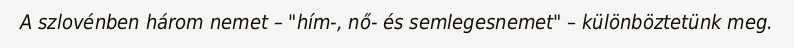
A szlovénben három nemet – "hím-, nő- és semlegesnemet" – különböztetünk meg.